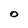
Character: O